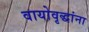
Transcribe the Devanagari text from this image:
वायोवृद्धांना